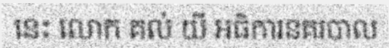
នេះ លោក គល់ យី អធិការនគរបាល